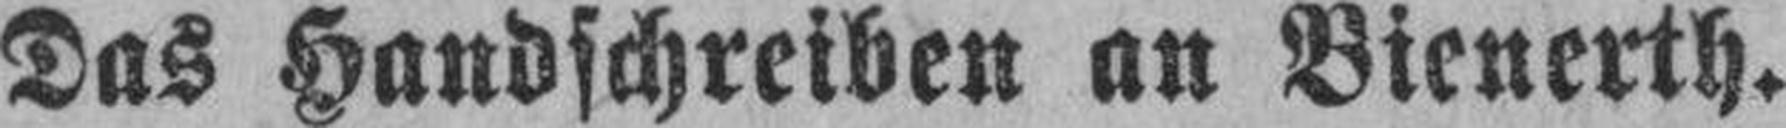
Das Handschreiben an Bienerth.